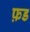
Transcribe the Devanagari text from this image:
फ़ड